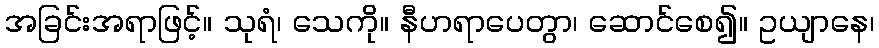
အခြင်းအရာဖြင့်။ သုရံ၊ သေကို။ နီဟရာပေတွာ၊ ဆောင်စေ၍။ ဥယျာနေ၊